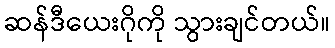
ဆန်ဒီယေးဂိုကို သွားချင်တယ်။